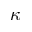
\kappa